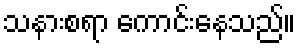
သနားစရာ ကောင်းနေသည်။